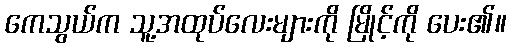
ကေသွယ်က သူ့အထုပ်လေးများကို မြိုင့်ကို ပေး၏။